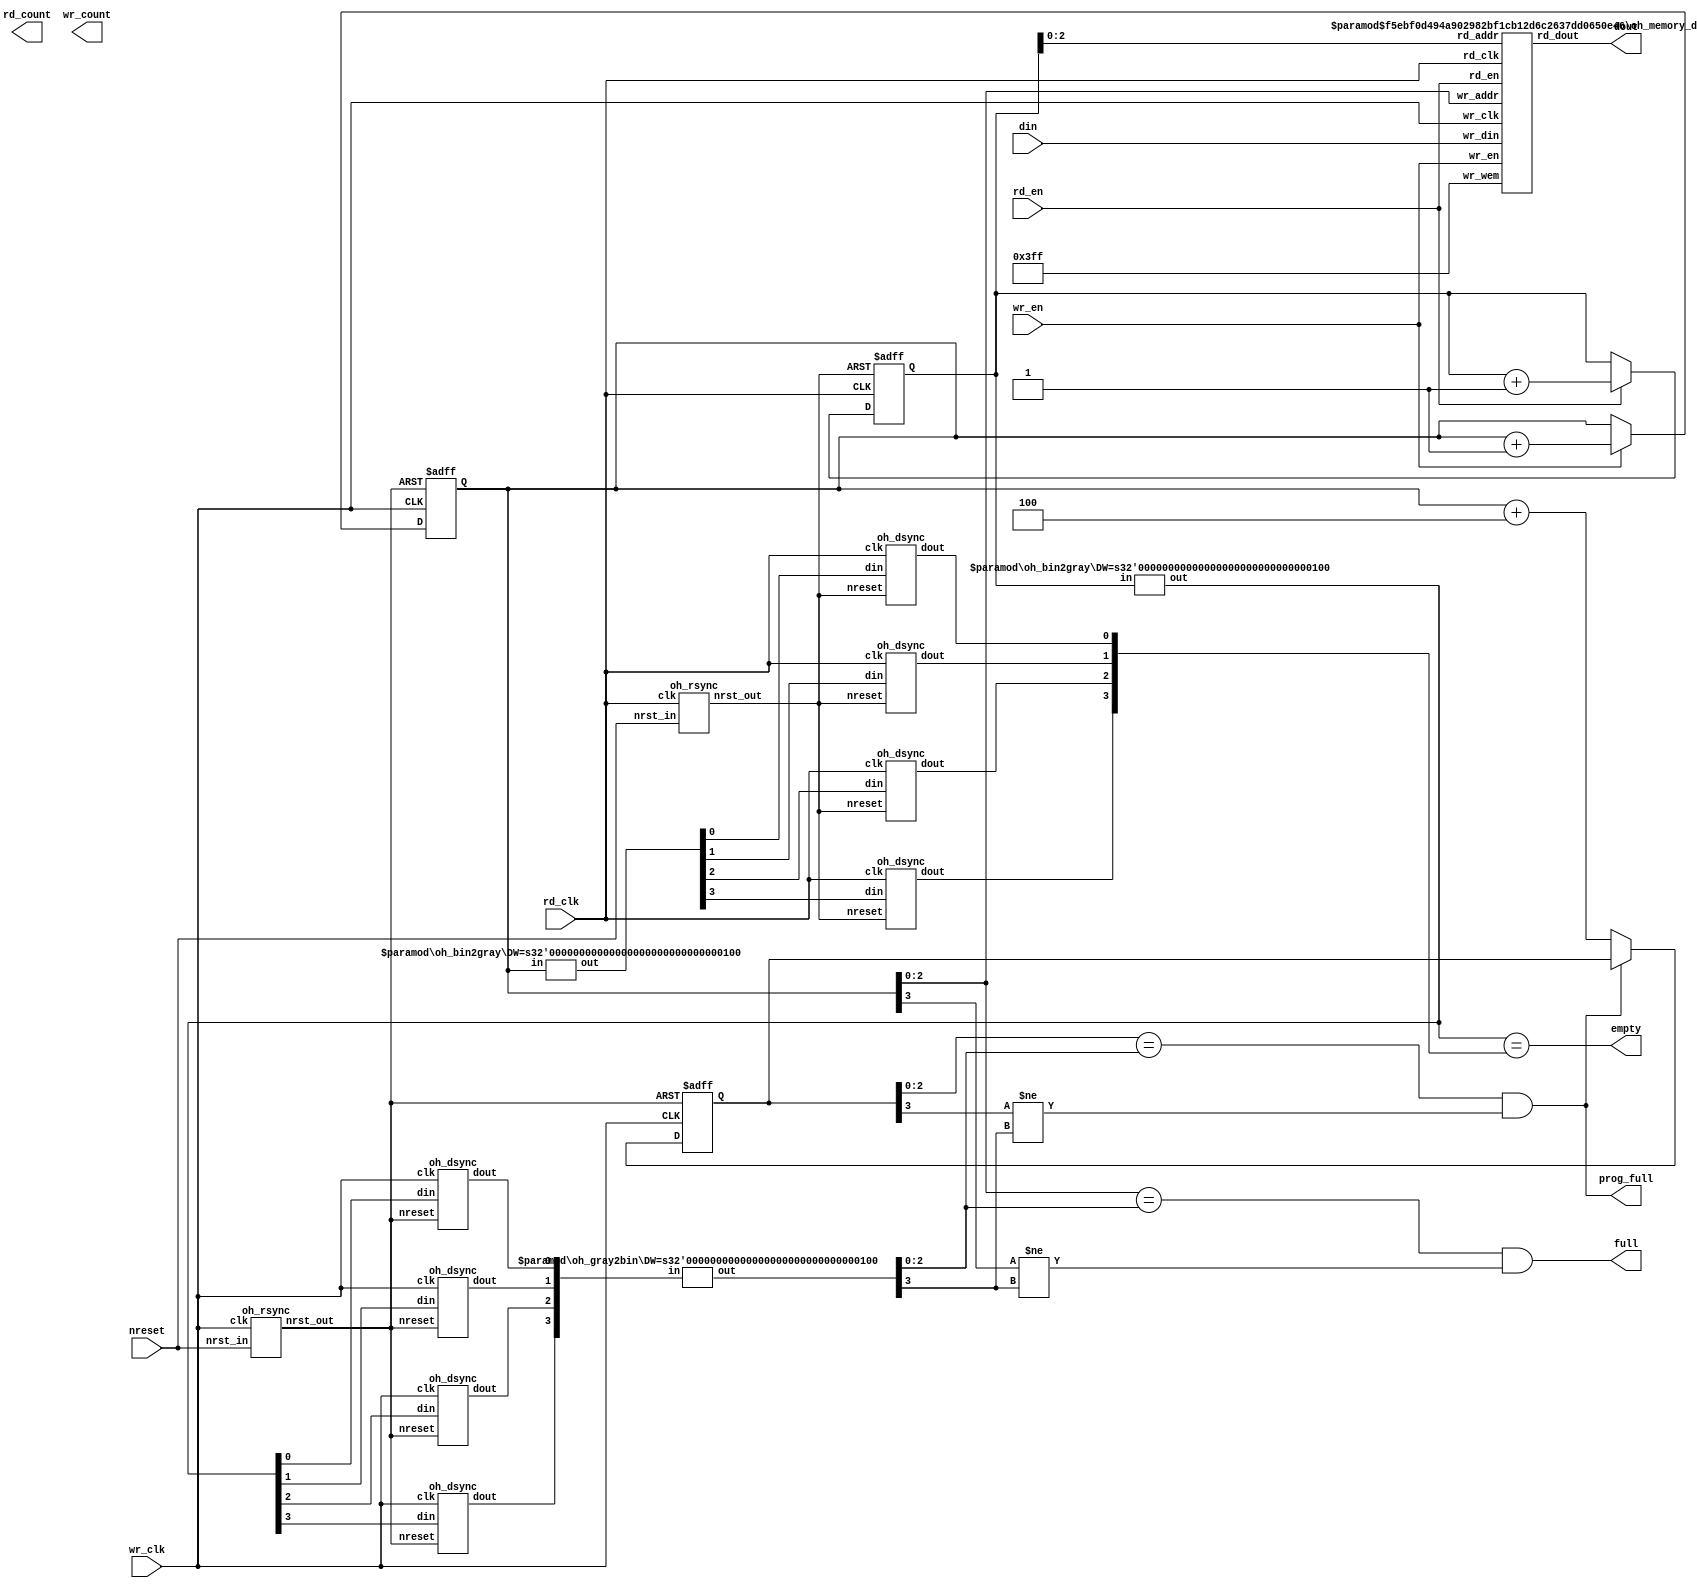
//#############################################################################
//# Function: Generic Async FIFO                                              #
//# Based on article by Clifford Cummings,                                    #
//  "Simulation and Synthesis Techniques for Asynchronous FIFO Design"        #
//# (SNUG2002)                                                                #
//#############################################################################
//# Author:   Andreas Olofsson                                                #
//# License:  MIT (see LICENSE file in OH! repository)                        # 
//#############################################################################

module oh_fifo_generic #(parameter DW        = 10,      // FIFO width (default size 104)
			 parameter DEPTH     = 8,       // FIFO depth (entries) (default size 32)
			 parameter PROG_FULL = (DEPTH/2),// full threshold   
			 parameter AW = $clog2(DEPTH)    // read count width
			 )
   (
    input 	    nreset, // asynch active low reset for wr_clk
    input 	    wr_clk, // write clock   
    input 	    wr_en, // write enable
    input [DW-1:0]  din, // write data
    input 	    rd_clk, // read clock   
    input 	    rd_en, // read enable
    output [DW-1:0] dout, // read data
    output 	    empty, // fifo is empty
    output 	    full, // fifo is full
    output 	    prog_full, // fifo is "half empty"
    output [AW-1:0] rd_count, // NOT IMPLEMENTED 
    output [AW-1:0] wr_count // NOT IMPLEMENTED
    );

   //regs 
   reg [AW:0]    wr_addr;       // extra bit for wraparound comparison
   reg [AW:0] 	 wr_addr_ahead; // extra bit for wraparound comparison   
   reg [AW:0] 	 rd_addr;  
   wire [AW:0] 	 rd_addr_gray;
   wire [AW:0] 	 wr_addr_gray;
   wire [AW:0] 	 rd_addr_gray_sync;
   wire [AW:0] 	 wr_addr_gray_sync;
   wire [AW:0] 	 rd_addr_sync;
   wire [AW:0] 	 wr_addr_sync;
   wire 	 wr_nreset;
   wire 	 rd_nreset;
   
   //###########################
   //# Full/empty indicators
   //###########################

   // uses one extra bit for compare to track wraparound pointers 
   // careful clock synchronization done using gray codes
   // could get rid of gray2bin for rd_addr_sync... 
   
   // fifo indicators
   assign empty    =  (rd_addr_gray[AW:0] == wr_addr_gray_sync[AW:0]);

   // fifo full
   assign full     =  (wr_addr[AW-1:0] == rd_addr_sync[AW-1:0]) &
		      (wr_addr[AW]     != rd_addr_sync[AW]);


   // programmable full
   assign prog_full = (wr_addr_ahead[AW-1:0] == rd_addr_sync[AW-1:0]) &
		      (wr_addr_ahead[AW]     != rd_addr_sync[AW]);

   //###########################
   //# Reset synchronizers
   //###########################

   oh_rsync wr_rsync (.nrst_out (wr_nreset),
	     .clk      (wr_clk), 
	     .nrst_in	(nreset));

   oh_rsync rd_rsync (.nrst_out (rd_nreset),
	     .clk      (rd_clk), 
	     .nrst_in	(nreset));
   
   //###########################
   //#write side address counter
   //###########################

   always @ ( posedge wr_clk or negedge wr_nreset) 
     if(!wr_nreset) 
       wr_addr[AW:0]  <= 'b0;
     else if(wr_en) 
       wr_addr[AW:0]  <= wr_addr[AW:0]  + 'd1;

   //address lookahead for prog_full indicator
   always @ (posedge wr_clk or negedge wr_nreset)
     if(!wr_nreset)
       wr_addr_ahead[AW:0] <= 'b0;   
     else if(~prog_full)
       wr_addr_ahead[AW:0] <= wr_addr[AW:0]  + PROG_FULL;

   //###########################
   //# Synchronize to read clk
   //###########################

   // convert to gray code (only one bit can toggle)
   oh_bin2gray #(.DW(AW+1))
   wr_b2g (.out    (wr_addr_gray[AW:0]),
	   .in	   (wr_addr[AW:0]));
   
   // synchronize to read clock
   oh_dsync wr_sync[AW:0] (.dout (wr_addr_gray_sync[AW:0]),
        		   .clk  (rd_clk),
        		   .nreset(rd_nreset),
        		   .din  (wr_addr_gray[AW:0]));
   
   //###########################
   //#read side address counter
   //###########################

   always @ ( posedge rd_clk or negedge rd_nreset) 
     if(!rd_nreset) 
       rd_addr[AW:0] <= 'd0;   
     else if(rd_en) 
       rd_addr[AW:0] <= rd_addr[AW:0] + 'd1;

   //###########################
   //# Synchronize to write clk
   //###########################
   
   //covert to gray (can't have multiple bits toggling)
   oh_bin2gray #(.DW(AW+1))
   rd_b2g (.out   (rd_addr_gray[AW:0]),
	   .in	  (rd_addr[AW:0]));
   
   //synchronize to wr clock
   oh_dsync  rd_sync[AW:0] (.dout   (rd_addr_gray_sync[AW:0]),
        		    .clk    (wr_clk),
        		    .nreset (wr_nreset),
        		    .din    (rd_addr_gray[AW:0]));
   
   //convert back to binary (for ease of use, rd_count)
   oh_gray2bin #(.DW(AW+1))
   rd_g2b (.out (rd_addr_sync[AW:0]),
	   .in (rd_addr_gray_sync[AW:0]));
   
   //###########################
   //#dual ported memory
   //###########################
   oh_memory_dp  #(.DW(DW),
		   .DEPTH(DEPTH))
   fifo_mem(// Outputs
	    .rd_dout	(dout[DW-1:0]),
	    // Inputs
	    .wr_clk	(wr_clk),
	    .wr_en	(wr_en),
	    .wr_wem	({(DW){1'b1}}),
	    .wr_addr	(wr_addr[AW-1:0]),
	    .wr_din	(din[DW-1:0]),
	    .rd_clk	(rd_clk),
	    .rd_en	(rd_en),
	    .rd_addr	(rd_addr[AW-1:0]));
   
endmodule // oh_fifo_generic
		    

//#############################################################################
//# Function: Reset synchronizer (async assert, sync deassert)                #
//#############################################################################
//# Author:   Andreas Olofsson                                                #
//# License:  MIT (see LICENSE file in OH! repository)                        # 
//#############################################################################
module oh_rsync #(parameter PS = 2          // number of sync stages
		  )
   (
    input  clk,
    input  nrst_in,
    output nrst_out
    );

	   reg [PS-1:0] sync_pipe;   
	   always @ (posedge clk or negedge nrst_in)		 
	     if(!nrst_in)
	       sync_pipe[PS-1:0] <= 'b0;
	     else
	       sync_pipe[PS-1:0] <= {sync_pipe[PS-2:0],1'b1};	      	      
	   assign nrst_out = sync_pipe[PS-1];
      
endmodule // oh_rsync

//#############################################################################
//# Function: Binary to gray encoder                                          #
//#############################################################################
//# Author:   Andreas Olofsson                                                #
//# License:  MIT (see LICENSE file in OH! repository)                        # 
//#############################################################################

module oh_bin2gray #(parameter DW = 32 // width of data inputs
		     ) 
   (
    input [DW-1:0]  in, //binary encoded input
    output [DW-1:0] out //gray encoded output
    );
   
   reg [DW-1:0]    gray; 
   wire [DW-1:0]   bin;

   integer 	   i;   

   assign bin[DW-1:0]  = in[DW-1:0];
   assign out[DW-1:0]  = gray[DW-1:0];
  
   always @*
     begin
	gray[DW-1] = bin[DW-1];   
	for (i=0; i<(DW-1); i=i+1)
	  gray[i] = bin[i] ^ bin[i+1];	      
     end
   
endmodule // oh_bin2gray
//#############################################################################
//# Function: Clock synchronizer                                              #
//#############################################################################
//# Author:   Andreas Olofsson                                                #
//# License:  MIT (see LICENSE file in OH! repository)                        # 
//#############################################################################

// added by Makai

module oh_dsync  #(parameter PS    = 2,        // number of sync stages
		   parameter DELAY = 0        // random delay
		   )
   (
    input  clk, // clock
    input  nreset, // clock
    input  din, // input data
    output dout    // synchronized data
    );
   
	   reg [PS:0]   sync_pipe; 
	   always @ (posedge clk or negedge nreset)		 
	     if(!nreset)
	       sync_pipe[PS:0] <= 'b0;
	     else
	       sync_pipe[PS:0] <= {sync_pipe[PS-1:0],din};	      	      
	   // drive randomize delay from testbench
	   assign dout = (DELAY & sync_pipe[PS]) |  //extra cycle
			 (~DELAY & sync_pipe[PS-1]); //default
   
endmodule // oh_dsync


//#############################################################################
//# Function: Gray to binary encoder                                          #
//#############################################################################
//# Author:   Andreas Olofsson                                                #
//# License:  MIT (see LICENSE file in OH! repository)                        # 
//#############################################################################

module oh_gray2bin #(parameter DW = 32) // width of data inputs
   (
    input [DW-1:0]  in,  //gray encoded input
    output [DW-1:0] out  //binary encoded output
    );
   
   reg [DW-1:0]     bin;
   wire [DW-1:0]    gray;
   
   integer 	   i,j;

   assign gray[DW-1:0] = in[DW-1:0];
   assign out[DW-1:0]  = bin[DW-1:0];

   always @*
     begin
	bin[DW-1] = gray[DW-1];   
	for (i=0; i<(DW-1); i=i+1)
	  begin
	     bin[i] = 1'b0;	
	     for (j=i; j<DW; j=j+1)
	       bin[i] = bin[i] ^ gray [j];
	  end
     end

endmodule // oh_gray2bin



//#############################################################################
//# Function: Dual Port Memory                                                #
//#############################################################################
//# Author:   Andreas Olofsson                                                #
//# License:  MIT (see LICENSE file in OH! repository)                        # 
//#############################################################################

module oh_memory_dp # (parameter DW    = 10,      //memory width (default size 104)
		       parameter DEPTH = 8,       //memory depth (default size 32)
		       parameter PROJ  = "",       //project name
		       parameter MCW   = 8,         //repair/config vector width
		       parameter AW    = $clog2(DEPTH) // address bus width
		       ) 
   (// Memory interface (dual port)
    input           wr_clk, //write clock
    input           wr_en, //write enable
    input [DW-1:0]  wr_wem, //per bit write enable
    input [AW-1:0]  wr_addr,//write address
    input [DW-1:0]  wr_din, //write data
    input           rd_clk, //read clock
    input           rd_en, //read enable
    input [AW-1:0]  rd_addr,//read address
    output [DW-1:0] rd_dout);
 //,//read output data
    // Power/repair (ASICs)
    // input 	    shutdown, // shutdown signal from always on domain   
    // input [MCW-1:0] memconfig, // generic memory config      
    // input [MCW-1:0] memrepair, // repair vector
    // // BIST interface (ASICs)
    // input 	    bist_en, // bist enable
    // input 	    bist_we, // write enable global signal   
    // input [DW-1:0]  bist_wem, // write enable vector
    // input [AW-1:0]  bist_addr, // address
    // input [DW-1:0]  bist_din  // data input
    // );

	   oh_memory_ram #(.DW(DW),
			   .DEPTH(DEPTH))	     
	   memory_dp (//read port
		      .rd_dout	(rd_dout[DW-1:0]),
		      .rd_clk	(rd_clk),
		      .rd_en	(rd_en),
		      .rd_addr	(rd_addr[AW-1:0]),
		      //write port
		      .wr_en	(wr_en),
		      .wr_clk	(wr_clk),
		      .wr_addr	(wr_addr[AW-1:0]),
		      .wr_wem	(wr_wem[DW-1:0]),
		      .wr_din	(wr_din[DW-1:0]));


      
endmodule // oh_memory_dp



//#############################################################################
//# Function: Generic RAM memory                                              #
//#############################################################################
//# Author:   Andreas Olofsson                                                #
//# License:  MIT  (see LICENSE file in OH! repository)                       # 
//#############################################################################

module oh_memory_ram  # (parameter DW    = 104,           //memory width
			 parameter DEPTH = 32,            //memory depth
			 parameter AW    = $clog2(DEPTH)  // address width  
			 ) 
   (// read-port
    input 		rd_clk,// rd clock
    input 		rd_en, // memory access
    input [AW-1:0] 	rd_addr, // address
    output reg [DW-1:0] rd_dout, // data output   
    // write-port
    input 		wr_clk,// wr clock
    input 		wr_en, // memory access
    input [AW-1:0] 	wr_addr, // address
    input [DW-1:0] 	wr_wem, // write enable vector    
    input [DW-1:0] 	wr_din // data input
    );
   
   reg [DW-1:0]        ram    [DEPTH-1:0];  
   integer 	       i;
      
   //registered read port
   always @ (posedge rd_clk)
     if(rd_en)       
       rd_dout[DW-1:0] <= ram[rd_addr[AW-1:0]];
   
   //write port with vector enable
   always @(posedge wr_clk)    
     for (i=0;i<DW;i=i+1)
       if (wr_en & wr_wem[i]) 
         ram[wr_addr[AW-1:0]][i] <= wr_din[i];
  
endmodule // oh_memory_ram